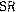
SR